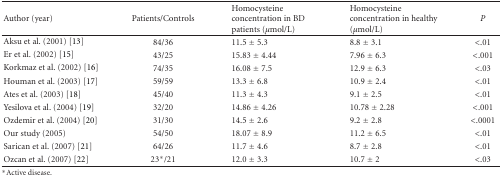
<table><thead><tr><td><b>Author (year)</b></td><td><b>Patients/Controls</b></td><td><b>Homocysteine concentration in BD patients (<i>μ</i>mol/L)</b></td><td><b>Homocysteine concentration in healthy (<i>μ</i>mol/L)</b></td><td><b><i>P</i></b></td></tr></thead><tbody><tr><td>Aksu et al. (2001) [13]</td><td>84/36</td><td>11.5 ± 5.3</td><td>8.8 ± 3.1</td><td>&lt;.01</td></tr><tr><td>Er et al. (2002) [15]</td><td>43/25</td><td>15.83 ± 4.44</td><td>7.96 ± 6.3</td><td>&lt;.001</td></tr><tr><td>Korkmaz et al. (2002) [16]</td><td>74/35</td><td>16.08 ± 7.5</td><td>12.9 ± 6.3</td><td>&lt;.03</td></tr><tr><td>Houman et al. (2003) [17]</td><td>59/59</td><td>13.3 ± 6.8</td><td>10.9 ± 2.4</td><td>&lt;.01</td></tr><tr><td>Ates et al. (2003) [18]</td><td>45/40</td><td>11.3 ± 4.3</td><td>9.1 ± 2.5</td><td>&lt;.01</td></tr><tr><td>Yesilova et al. (2004) [19]</td><td>32/20</td><td>14.86 ± 4.26</td><td>10.78 ± 2.28</td><td>&lt;.001</td></tr><tr><td>Ozdemir et al. (2004) [20]</td><td>31/30</td><td>14.5 ± 2.6</td><td>9.2 ± 2.8</td><td>&lt;.0001</td></tr><tr><td>Our study (2005)</td><td>54/50</td><td>18.07 ± 8.9</td><td>11.2 ± 6.5</td><td>&lt;.01</td></tr><tr><td>Sarican et al. (2007) [21]</td><td>64/26</td><td>11.7 ± 4.6</td><td>8.7 ± 2.8</td><td>&lt;.01</td></tr><tr><td>Ozcan et al. (2007) [22]</td><td>23*/21</td><td>12.0 ± 3.3</td><td>10.7 ± 2</td><td>&lt;.03</td></tr></tbody></table>